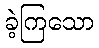
ခဲ့ကြသော